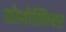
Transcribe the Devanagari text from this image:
सोनोस्फियर